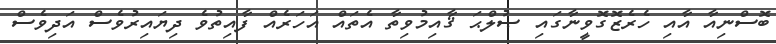
ބޮސްނިއާ އާއި ހެރެޒޮގޮވީނާގައި ޞުލްޙަ ޤާއިމުވިތާ އެތައް އަހަރެއް ފާއިތުވެ ދިޔައިރުވެސް އަދިވެސް